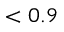
< 0 . 9